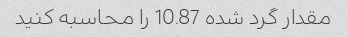
مقدار گرد شده 10.87 را محاسبه کنید